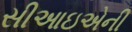
સીઆઇએની